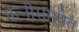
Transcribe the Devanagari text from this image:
पत्‍नीसमवेत